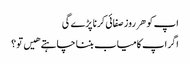
اپ کو هر روز صفائی کرنا پڑے گی
اگر اپ کامیاب بننا چاہتے هیں تو ؟